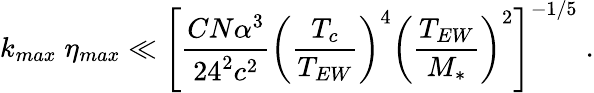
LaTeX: k_{max}\; \eta_{max}\ll\left[\frac{CN\alpha^{3}}{24^{2}c^{2}}\left(\frac{T_{c}}{T_{EW}}\right)^{4}\left(\frac{T_{EW}}{M_{*}}\right)^{2}\right]^{-1/5}\; .